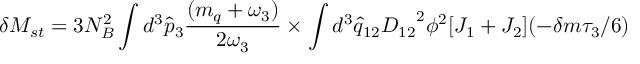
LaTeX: \delta M _ { s t } = 3 N _ { B } ^ { 2 } \int d ^ { 3 } { \hat { p } } _ { 3 } { \frac { ( m _ { q } + \omega _ { 3 } ) } { 2 \omega _ { 3 } } } \times \int d ^ { 3 } { \hat { q } } _ { 1 2 } { D _ { 1 2 } } ^ { 2 } \phi ^ { 2 } [ J _ { 1 } + J _ { 2 } ] ( - \delta m \tau _ { 3 } / 6 )